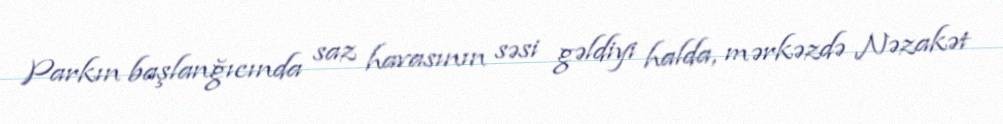
Parkın başlanğıcında saz havasının səsi gəldiyi halda, mərkəzdə Nəzakət